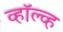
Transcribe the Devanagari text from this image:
व्हॉल्व्ह